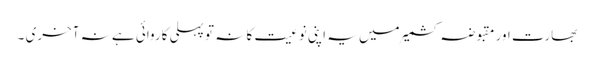
بھارت اور مقبوضہ کشمیر میں یہ اپنی نوعیت کا نہ تو پہلی کاروائی ہے نہ آخری ۔